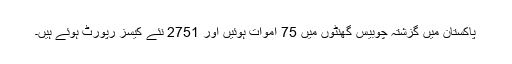
پاکستان میں گزشتہ چوبیس گھنٹوں میں 75 اموات ہوئیں اور 2751 نئے کیسز رپورٹ ہوئے ہیں۔